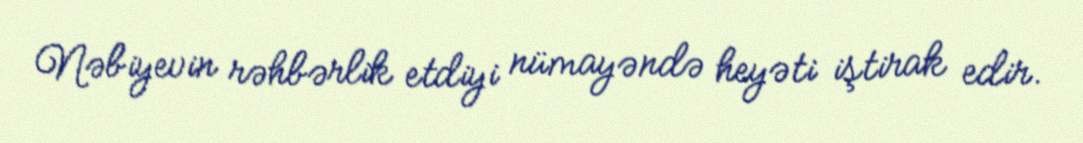
Nəbiyevin rəhbərlik etdiyi nümayəndə heyəti iştirak edir.